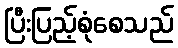
ပြီးပြည့်စုံစေသည်